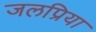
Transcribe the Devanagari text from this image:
जलप्रिया